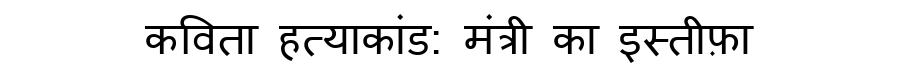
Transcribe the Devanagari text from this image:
कविता हत्याकांड: मंत्री का इस्तीफ़ा